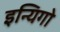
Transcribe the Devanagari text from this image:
इन्यिगो